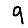
Digit: 9